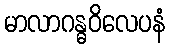
မာလာဂန္ဓဝိလေပနံ